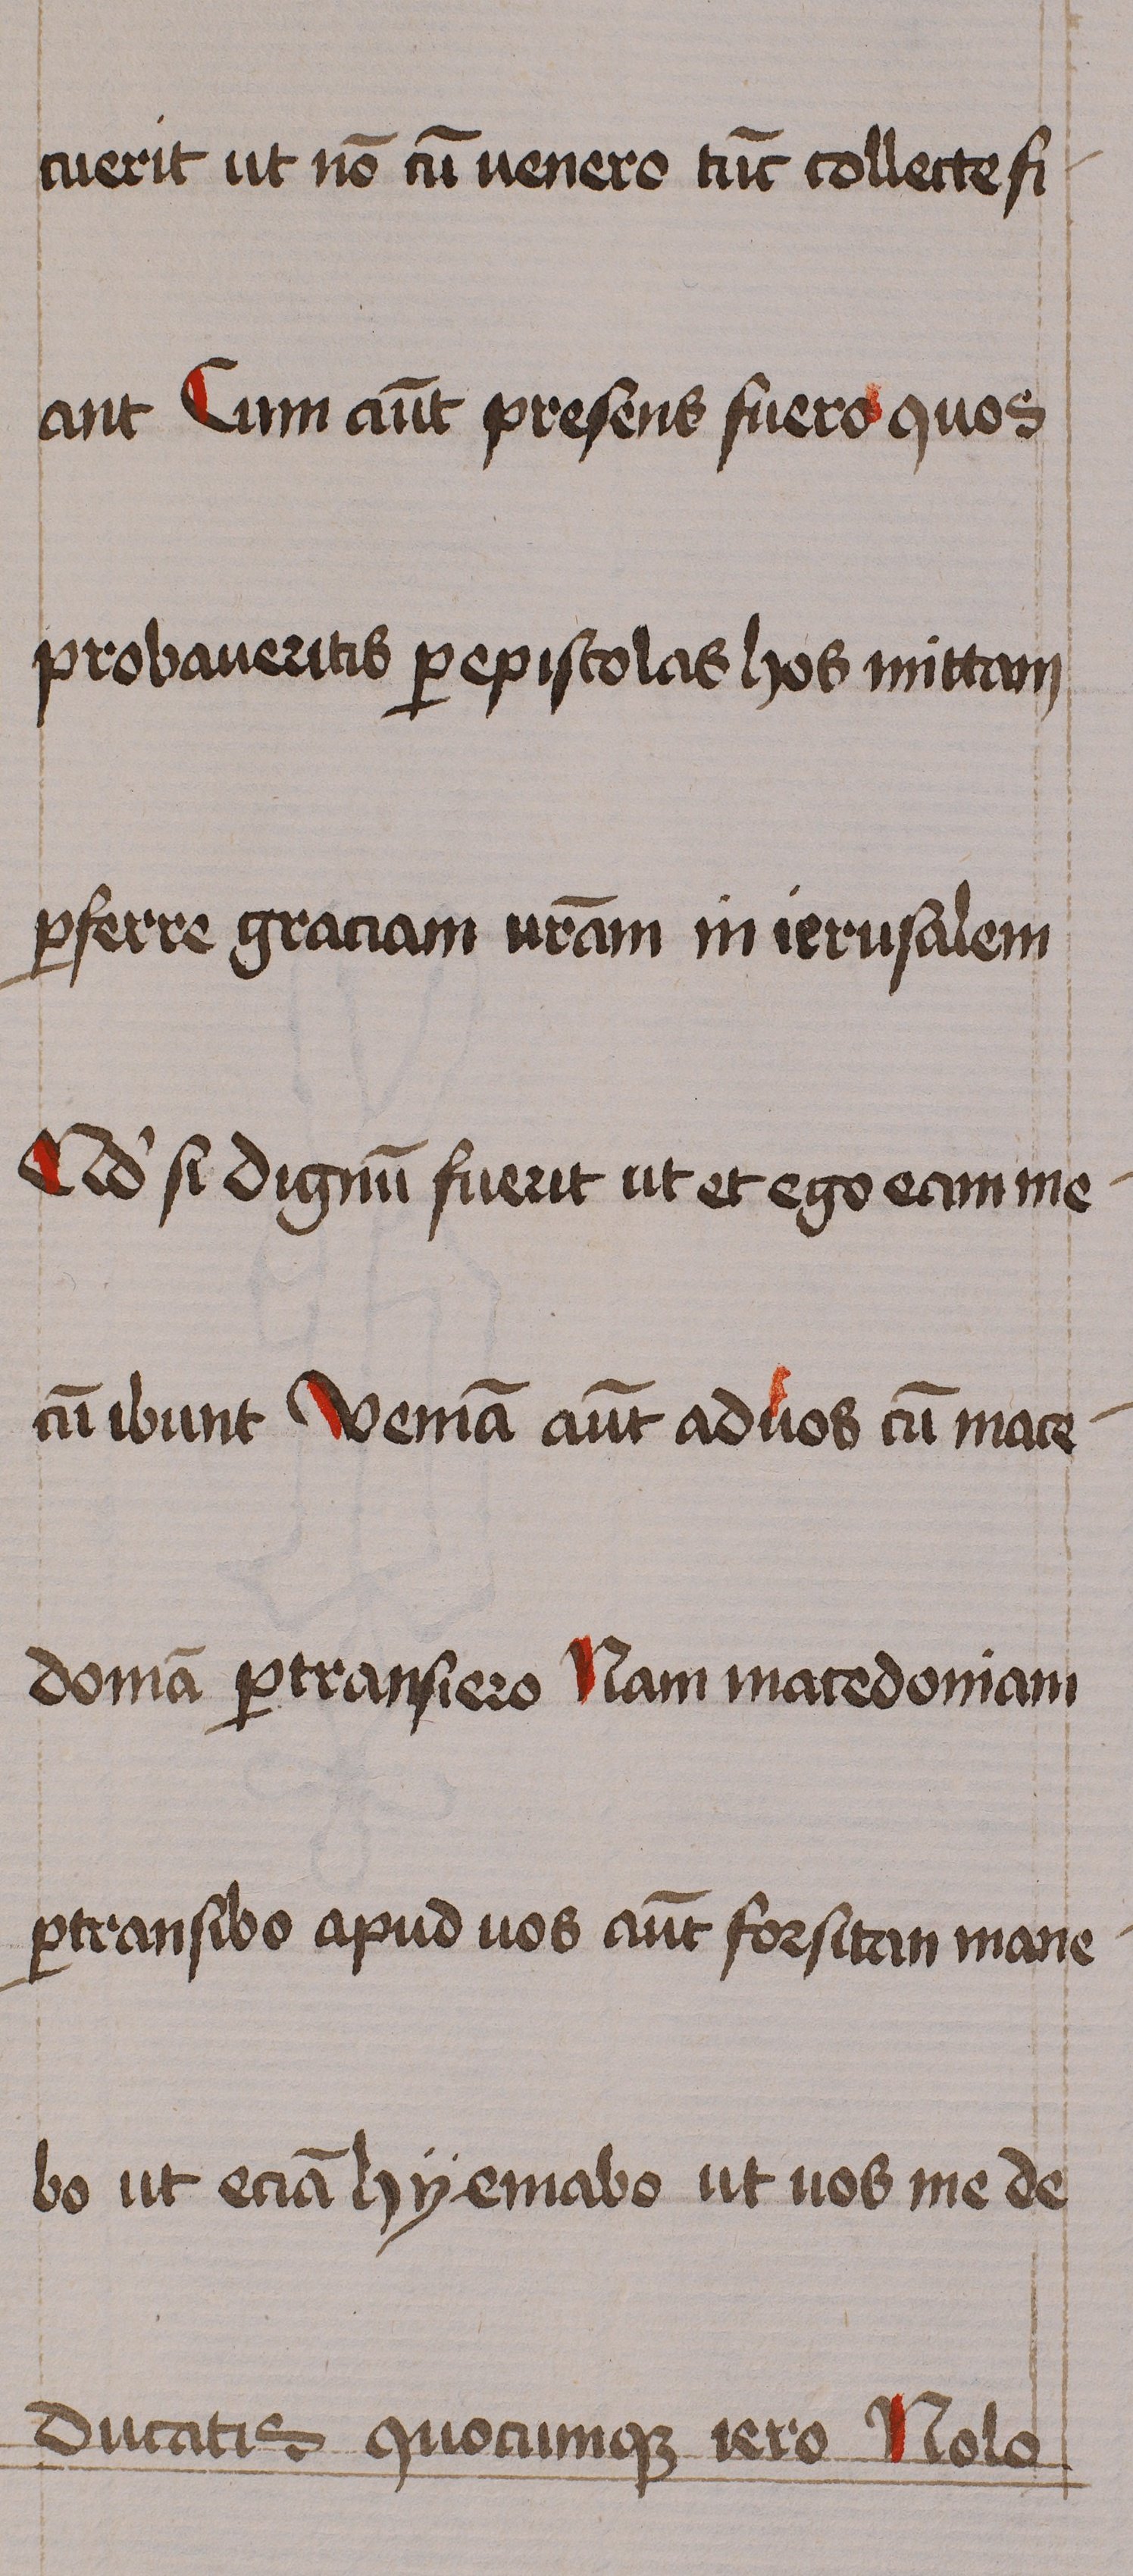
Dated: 1460–1460